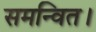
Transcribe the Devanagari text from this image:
समन्वित।